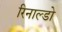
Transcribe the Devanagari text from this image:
रिनाल्डो